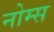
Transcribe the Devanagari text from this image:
नोम्स